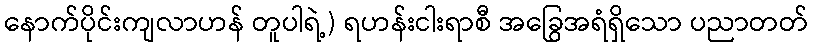
နောက်ပိုင်းကျလာဟန် တူပါရဲ့) ရဟန်းငါးရာစီ အခြွေအရံရှိသော ပညာတတ်